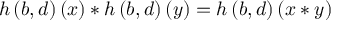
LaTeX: h \left( b , d \right) \left( x \right) * h \left( b , d \right) \left( y \right) = h \left( b , d \right) \left( x * y \right)